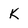
Character: K